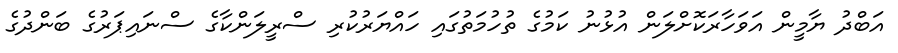
އަބްދު ޔާމީން އަވަހާރަކޮށްލަން އުޅުނު ކަމުގެ ތުހުމަތުގައި ހައްޔަރުކުރި ސްރީލަންކާގެ ސްނައިޕަރުގެ ބަންދުގެ